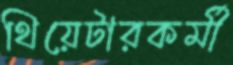
থিয়েটারকর্মী